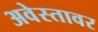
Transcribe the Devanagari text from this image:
अवेस्तावर